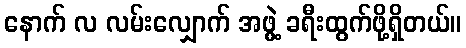
နောက် လ လမ်းလျှောက် အဖွဲ့ ခရီးထွက်ဖို့ရှိတယ်။